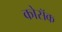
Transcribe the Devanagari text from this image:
कोसॅक